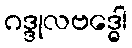
ဂဒ္ဒုလဗဒ္ဓေါ